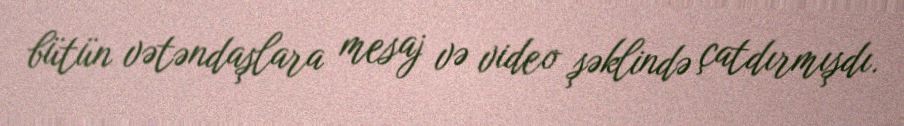
bütün vətəndaşlara mesaj və video şəklində çatdırmışdı.